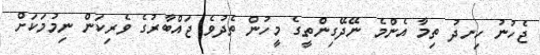
ޖެހުނު ހިނދު ތިމާ އެންމެ ނޭދޭގިންތީގެ މީހުން ތެދުވެ ޖައްބާރުގެ ވެރިކަން ނިމުމަކަށް